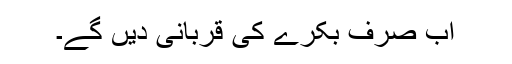
اب صرف بکرے کی قربانی دیں گے۔